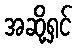
အဆို့ရှင်